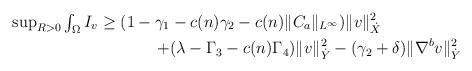
LaTeX: \begin{align*} \textstyle \sup_{R>0} \int_{\Omega} I_{v} \ge (1 -\gamma_{1} & -c(n)\gamma_{2} -c(n)\|C_{a}\|_{L^{\infty}}) \|v\|_{\dot X}^{2} \\ +& (\lambda-\Gamma_{3}-c(n)\Gamma_{4}) \|v\|_{\dot Y}^{2} -(\gamma_{2}+\delta)\|\nabla^{b}v\|_{\dot Y}^{2} \end{align*}